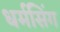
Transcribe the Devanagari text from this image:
धर्मसिंग